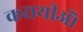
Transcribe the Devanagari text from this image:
करायीऒ